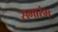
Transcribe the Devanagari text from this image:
सभारंभ